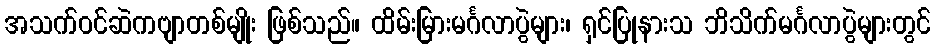
အသက်ဝင်ဆဲကဗျာတစ်မျိုး ဖြစ်သည်။ ထိမ်းမြားမင်္ဂလာပွဲများ၊ ရှင်ပြုနားသ ဘိသိက်မင်္ဂလာပွဲများတွင်